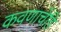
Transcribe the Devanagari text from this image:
कवणाचेंहि